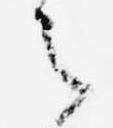
之